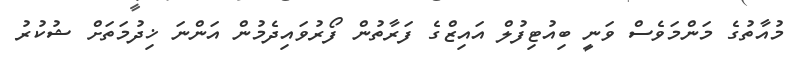
މުއާތުގެ މަންމަވެސް ވަނީ ބިއުޓިފުލް އައިޒްގެ ފަރާތުން ފޯރުވައިދެމުން އަންނަ ޚިދުމަތަށް ޝުކުރު